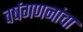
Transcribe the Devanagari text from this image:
वर्षगणनांचा